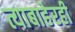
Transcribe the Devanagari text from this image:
त्याबाहेरही